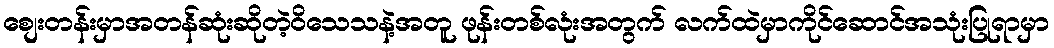
စျေးတန်းမှာအတန်ဆုံးဆိုတဲ့ဝိသေသနဲ့အတူ ဖုန်းတစ်လုံးအတွက် လက်ထဲမှာကိုင်ဆောင်အသုံးပြုရာမှာ